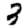
Digit: 3